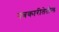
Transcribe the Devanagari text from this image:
पत्रकारीतेतील